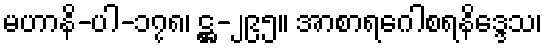
မဟာနိ-ပါ-၁၇၈၊ ဋ္ဌ-၂၉၅။ အာစာရဂေါစရနိဒ္ဒေသ၊